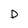
Character: D